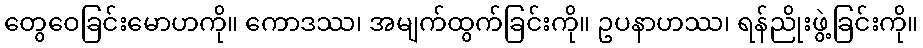
တွေဝေခြင်းမောဟကို။ ကောဒဿ၊ အမျက်ထွက်ခြင်းကို။ ဥပနာဟဿ၊ ရန်ညိုးဖွဲ့ခြင်းကို။